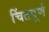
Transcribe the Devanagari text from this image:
चिंतपूर्ण